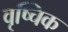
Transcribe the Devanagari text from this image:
वृष्चिक